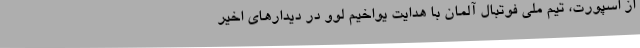
از اسپورت، تیم ملی فوتبال آلمان با هدایت یواخیم لوو در دیدارهای اخیر